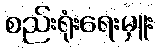
စည်းရုံးရေးမှူး